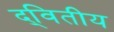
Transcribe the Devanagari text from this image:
द्‌वितीय